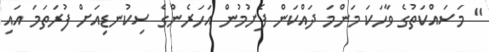
" މަސައްކަތުގެ ވާހަކަ މަންމަ ދައްކަން ފެށުމުން އަހަރެންގެ ސިކުނޑިއަށް ފުރަތަމަ އައި